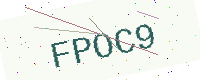
Text: FPOC9